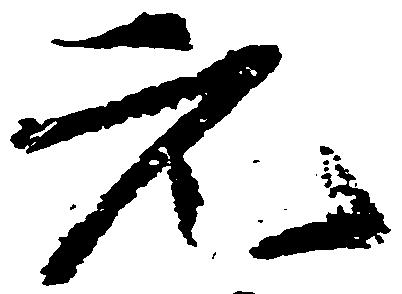
元